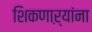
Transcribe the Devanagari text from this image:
शिकणाऱ्यांना